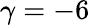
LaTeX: \gamma=-6